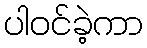
ပါဝင်ခဲ့ကာ